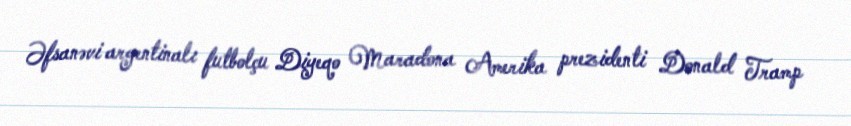
Əfsanəvi argentinalı futbolçu Diyeqo Maradona Amerika prezidenti Donald Tramp